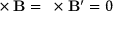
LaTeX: { \bf \nabla } \times { \bf B } = { \bf \nabla } \times { \bf B ^ { \prime } } = 0